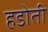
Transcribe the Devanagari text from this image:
हडोती